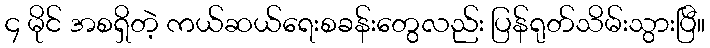
၄ မိုင် အစရှိတဲ့ ကယ်ဆယ်ရေးစခန်းတွေလည်း ပြန်ရုတ်သိမ်းသွားပြီ။